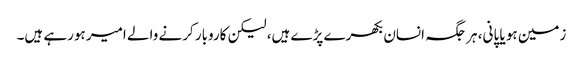
زمین ہو یا پانی، ہر جگہ انسان بکھرے پڑے ہیں، لیکن کاروبار کرنے والے امیر ہورہے ہیں۔